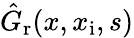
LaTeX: \hat{G}_{\mathrm{r}}(x,x_{\mathrm{i}},s)